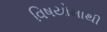
વિષયોમાથી